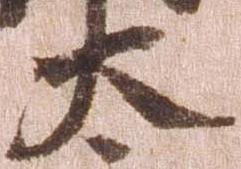
太